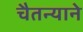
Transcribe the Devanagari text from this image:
चैतन्याने